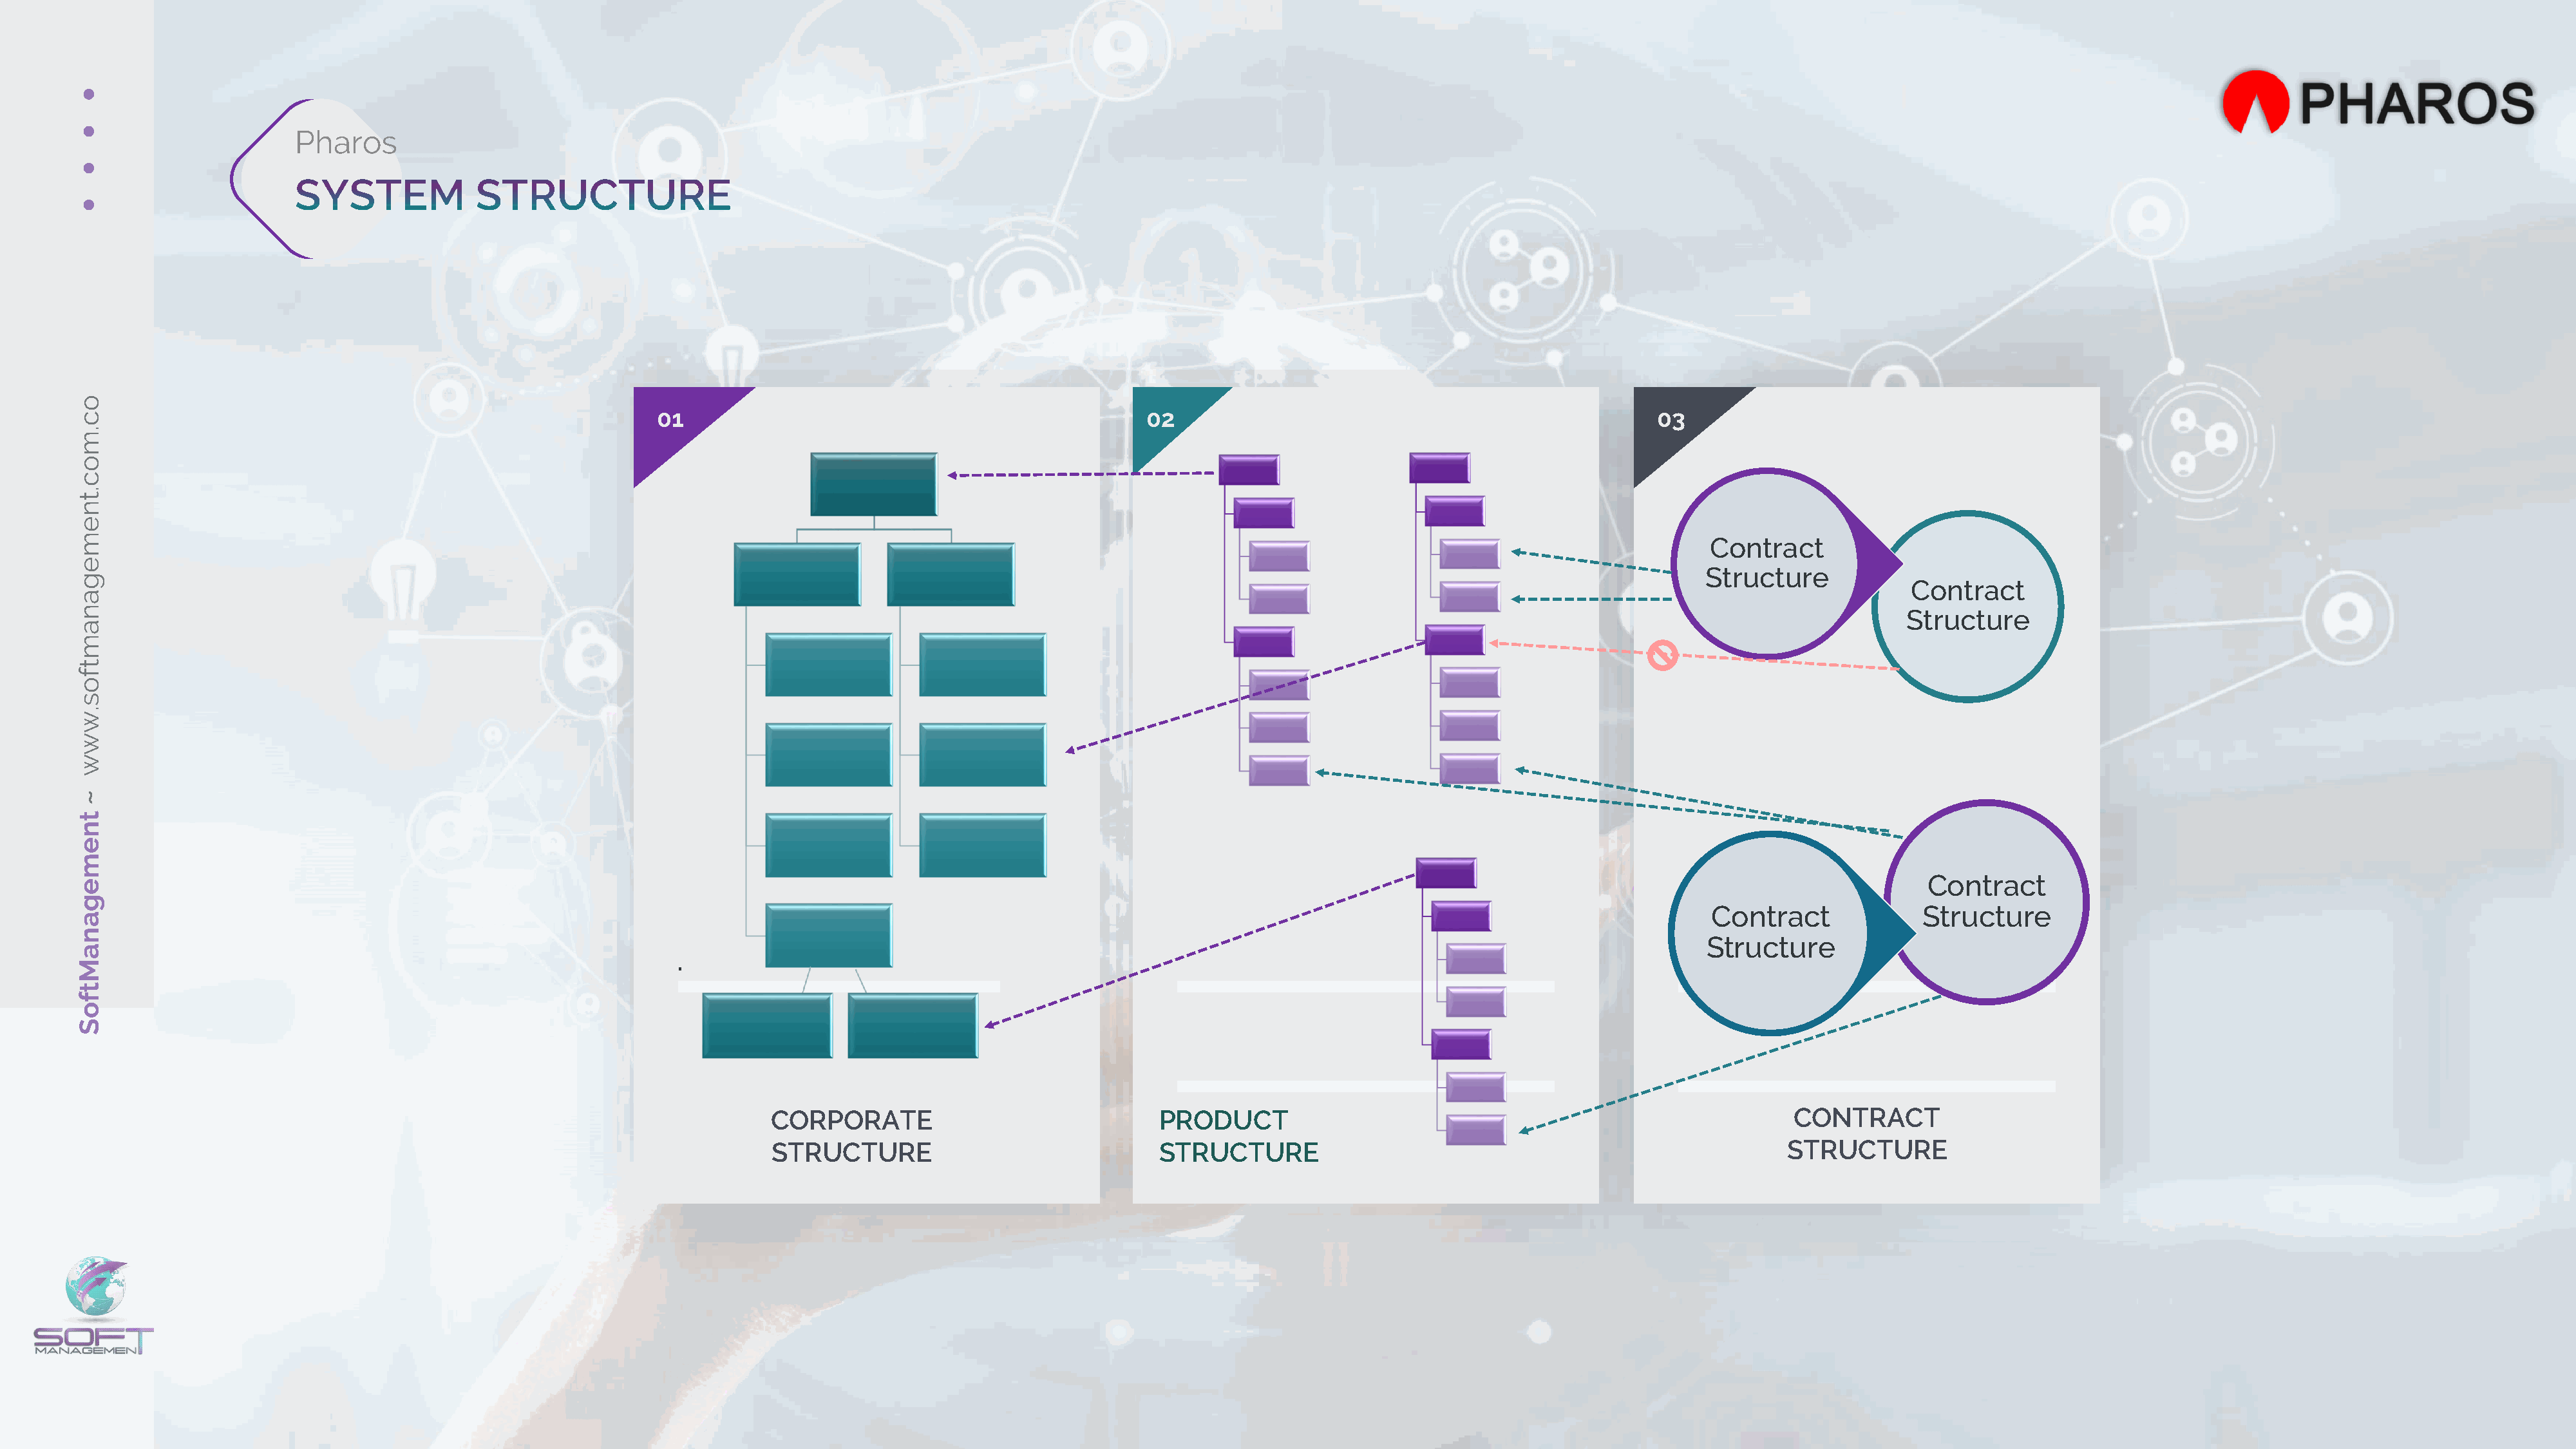
o
 c                                                           01                                                02                                                  03
 .
 m
 o
 c
 .
 t
 n
 e
 m
 Contract
 e
 Structure
 g
 Contract
 a
 n
 Structure
 a
 m
 t
 f
 o
 s
 .
 w
 w
 w
 ~
 t
 n
 e
 m
 Contract
 e
 g
 Contract              Structure
 a
 n
 Structure
 a
 .
 M
 t
 f
 o
 S
 CORPORATE                               PRODUCT                                                          CONTRACT
 STRUCTURE                               STRUCTURE                                                        STRUCTURE